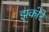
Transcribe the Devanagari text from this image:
झकोरें